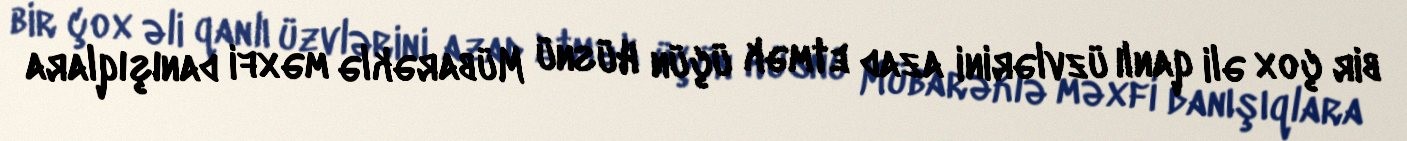
bir çox əli qanlı üzvlərini azad etmək üçün Hüsnü Mübarəklə məxfi danışıqlara